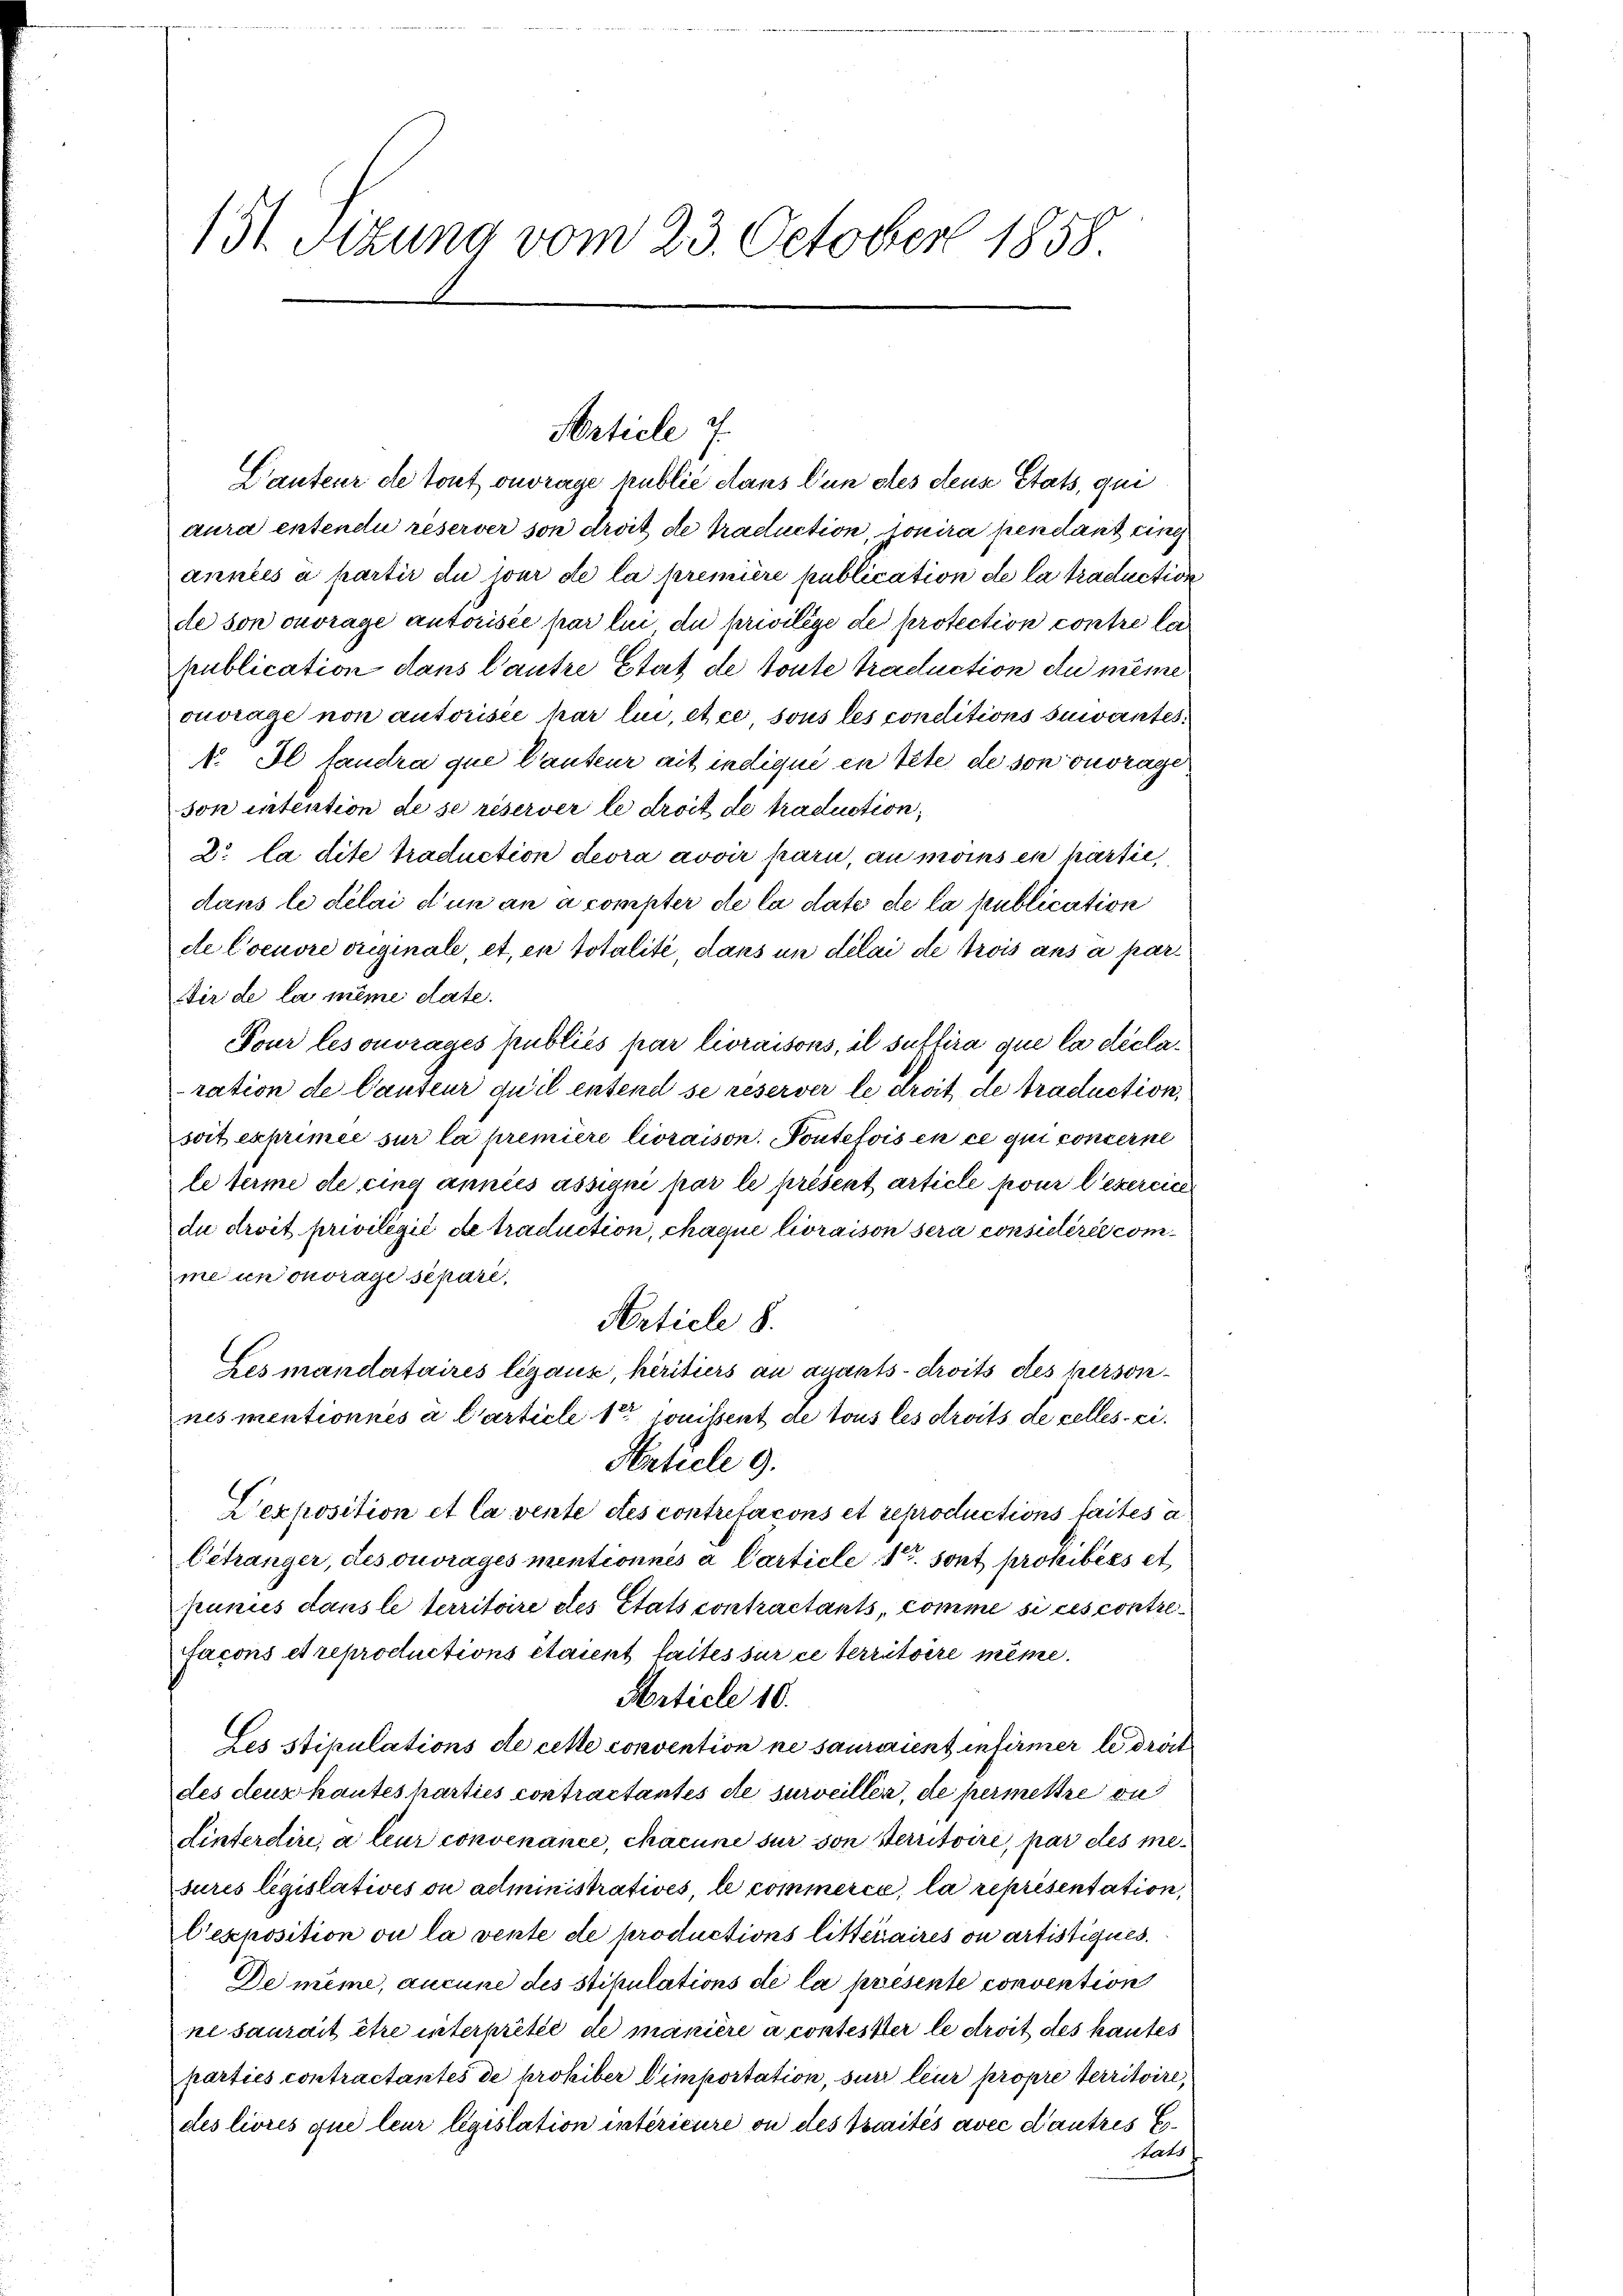
Cauteur de tout ouvrage publié dans l’un stes deus Etats, qui
aura entendu reserver son droit de traduction, donira pendant eing
annels a partir du jour de la première publication de la traduction
de son ouvrage autorisée par lui du privilège de protection contre la
publication dans l’autre Etat de toute traduction du même
ouvrage non autorisée par lui, et ce sous les conditions suivantes.
N. Il taudra que Cauteur ait indiqué en tete de son ouvrage
son intention de se réserver le droit de traduction,
Dr la dite traduction devra avoir pari, au moins en partie,
dans le délai d’un an a compter de la dato de la publication
de Coeuvre originale, et, en totalité, dans un délai de trois aus a par
Dir de la même date.
Pour les ouvrages publiés par livraisons, il suftira que la déclaration de Cauteur qu’il entend se reserver le droit de traduction,
soit exprimée sur la première livraison. Poutefois en ce qui concerne
le terme de cing annies assigni par le présent article pour l’exercice
du droit privilégié de traduction, chaque livraison sera consielérée comme un ouvrage séparé,
Article 8.
Les mandataires légaux, héritiers an Quants-droits des personnes mentionnés à l’article 1er jouissent de tous les droits de celles ei¬
Anticle 9.
Dexposition et la vente des contrefacons et reproductions faites a
Cétranger, des ouvrages mentionnés à Carticle 1. sont prohibées et
punies dans le territoire des Etats contractants, comme si ces contrefaçons et reproductions étaient faites sur ce territoire même.
Article 10.
Les stipulations de cette convention ne sauraient infirmer le droit
des deux kautes harties contractantes de surveiller, de permettre ou
Linterdire, à leur convenance, chacune sur son Verritoire, par des mesures législatives ou administratives, le commerce, la représentation,
C'exposition ou la vente de productions litteraires on artistiques.
De même, aucune des stipulations de la présente convention
resaurait être interpretie de manière à contester le droit des kantes
parties contractantes de prohiber importation, sur leur propre territoire,
des livrés que leur législation intérieure ou des Traités avec d’autres E
tats

131. Sitzung vom 23. October 1858.

Article 7.